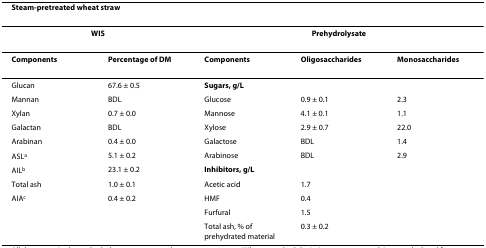
| <COLSPAN=5> Steam-pretreated wheat straw |
 | --- | --- | --- | --- | --- |
 | <COLSPAN=2> WIS | <COLSPAN=3> Prehydrolysate |
 | Components | Percentage of DM | Components | Oligosaccharides | Monosaccharides |
 | Glucan | 67.6 ± 0.5 | Sugars, g/L |  |  |
 | Mannan | BDL | Glucose | 0.9 ± 0.1 | 2.3 |
 | Xylan | 0.7 ± 0.0 | Mannose | 4.1 ± 0.1 | 1.1 |
 | Galactan | BDL | Xylose | 2.9 ± 0.7 | 22.0 |
 | Arabinan | 0.4 ± 0.0 | Galactose | BDL | 1.4 |
 | ASLa | 5.1 ± 0.2 | Arabinose | BDL | 2.9 |
 | AILb | 23.1 ± 0.2 | Inhibitors, g/L |  |  |
 | Total ash | 1.0 ± 0.1 | Acetic acid | 1.7 |  |
 | AIAc | 0.4 ± 0.2 | HMF | 0.4 |  |
 |  |  | Furfural | 1.5 |  |
 |  |  | Total ash, % of prehydrated material | 0.3 ± 0.2 |  |